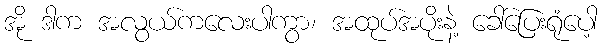
အို ဒါက အလွယ်ကလေးပါကွာ၊ အထုပ်အပိုးနဲ့ ခေါ်ပြေးရုံပေါ့